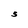
Character: S